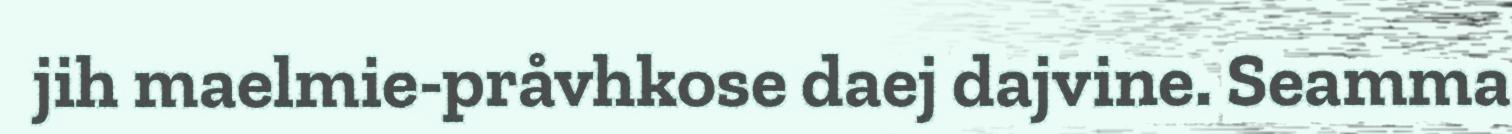
jih maelmie-pråvhkose daej dajvine. Seamma